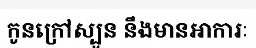
កូនក្រៅស្បូន នឹងមានអាការៈ